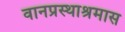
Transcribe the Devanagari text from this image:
वानप्रस्थाश्रमास